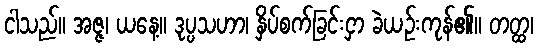
ငါသည်။ အဇ္ဇ၊ ယနေ့။ ဒုပ္ပသဟာ၊ နှိပ်စက်ခြင်းငှာ ခဲယဉ်းကုန်၏။ တတ္ထ၊